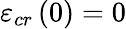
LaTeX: \varepsilon_{cr}\left(0\right)=0